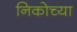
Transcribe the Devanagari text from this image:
निकोच्या